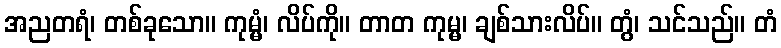
အညတရံ၊ တစ်ခုသော။ ကုမ္မံ၊ လိပ်ကို။ တာတ ကုမ္မ၊ ချစ်သားလိပ်။ တွံ၊ သင်သည်။ တံ